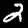
Digit: 2